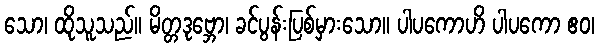
သော၊ ထိုသူသည်။ မိတ္တဒုဗ္ဘော၊ ခင်ပွန်းပြစ်မှားသော။ ပါပကောဟိ ပါပကော ဧဝ၊